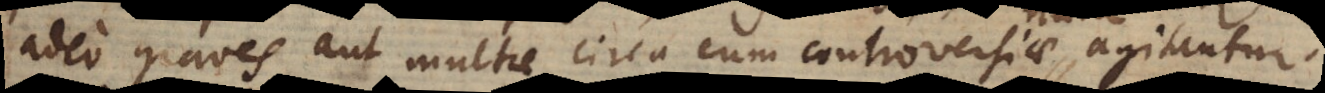
adeo graves aut multae circa eum controversiae agitantur.